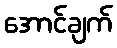
အောင်ချက်